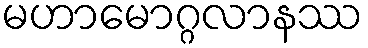
မဟာမောဂ္ဂလာနဿ